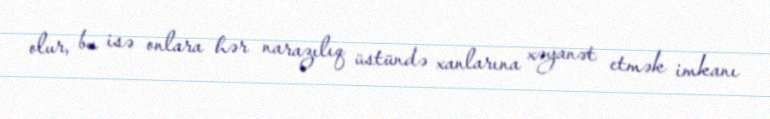
olur, bu isə onlara hər narazılıq üstündə xanlarına xəyanət etmək imkanı